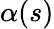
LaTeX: \alpha(s)